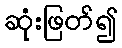
ဆုံးဖြတ်၍